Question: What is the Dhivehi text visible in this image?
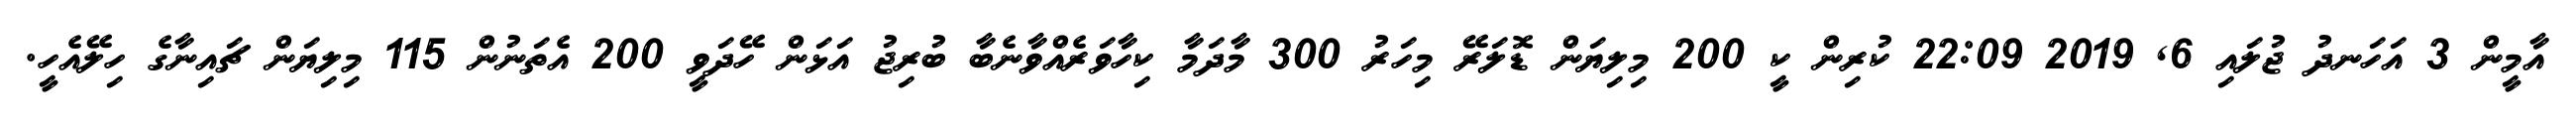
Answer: އާމީން 3 އަހަނދު ޖުލައި 6, 2019 22:09 ކުރިން ކީ 200 މިލިޔަން ޑޮލަރޭ މިހަރު 300 މާދަމާ ކިހާވަރެއްވާނެބާ ބުރިޖު އަޅަން ހޭދަވީ 200 އެތަނުން 115 މިލިޔަން ޗައިނާގެ ހިލޭއެހީ.